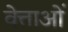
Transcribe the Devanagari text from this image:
वेत्ताओं